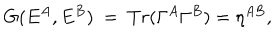
LaTeX: G ( E ^ { A } , E ^ { B } ) ~ = ~ T r ( \Gamma ^ { A } \Gamma ^ { B } ) = \eta ^ { A B } , \nonumber